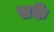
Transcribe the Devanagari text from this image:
सकेँ